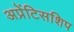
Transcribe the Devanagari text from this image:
अप्रेंटिसशिप